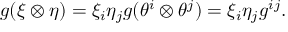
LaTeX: g ( \xi \otimes \eta ) = \xi _ { i } \eta _ { j } g ( \theta ^ { i } \otimes \theta ^ { j } ) = \xi _ { i } \eta _ { j } g ^ { i j } .